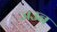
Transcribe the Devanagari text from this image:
जउन